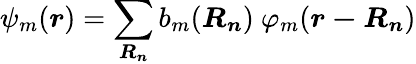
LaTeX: \psi_{m}({\boldsymbol{r}})=\sum_{\boldsymbol{R_{n}}}b_{m}({\boldsymbol{R_{n}}})\ \varphi_{m}({\boldsymbol{r-R_{n}}})